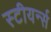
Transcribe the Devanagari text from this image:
स्टीयर्न्स